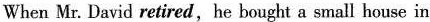
When Mr. David retired,he bought a small house in